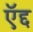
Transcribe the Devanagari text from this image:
ऍद्द